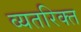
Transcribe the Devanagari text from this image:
व्यतरिक्त